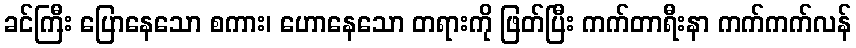
ခင်ကြီး ပြောနေသော စကား၊ ဟောနေသော တရားကို ဖြတ်ပြီး ကက်တာရီးနာ ကက်ကက်လန်